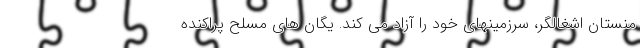
منستان اشغالگر، سرزمینهای خود را آزاد می کند. یگان های مسلح پراکنده